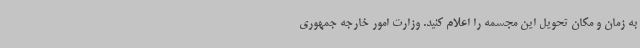
به زمان و مکان تحویل این مجسمه را اعلام کنید. وزارت امور خارجه جمهوری